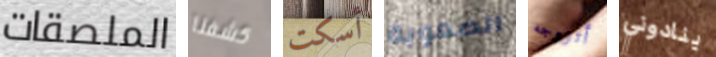
الملصقات كشفنا أسكت الصعوبة أتزوجه ينادوني